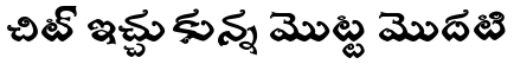
చిట్ ఇచ్చుకున్న మొట్ట మొదటి